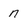
Character: n